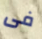
فى